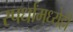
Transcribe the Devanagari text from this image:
स्पर्धांमध्येही